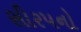
સીરપનો